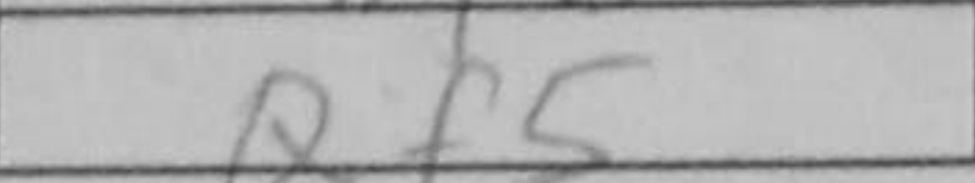
Transcription: Qf5